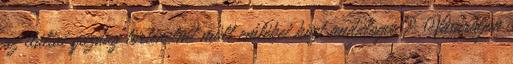
az itáliai gazdag történelmi múlt emlékei közt andalogva? Vásároljon